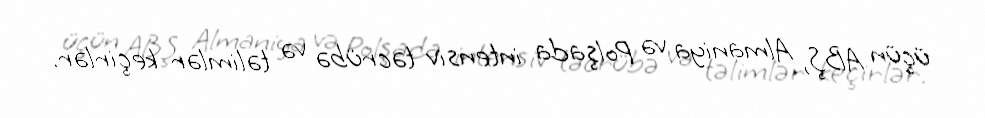
üçün ABŞ, Almaniya və Polşada intensiv təcrübə və təlimlər keçirlər.